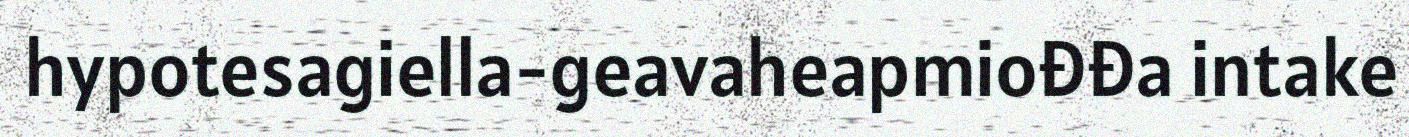
hypotesagiella-geavaheapmiođđa intake